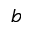
b